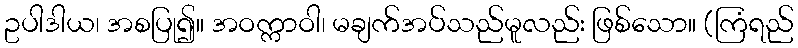
ဥပါဒါယ၊ အစပြု၍။ အဝက္ကာဝါ၊ မချက်အပ်သည်မူလည်း ဖြစ်သော။ (ကြံရည်